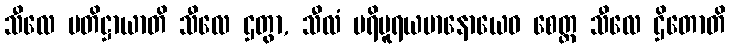
သီလေ ပတိဋ္ဌာယာတိ သီလေ ဌတွာ, သီလံ ပရိပူရယမာနောယေဝ စေတ္ထ သီလေ ဌိတောတိ